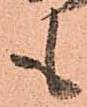
も